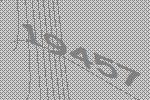
19457